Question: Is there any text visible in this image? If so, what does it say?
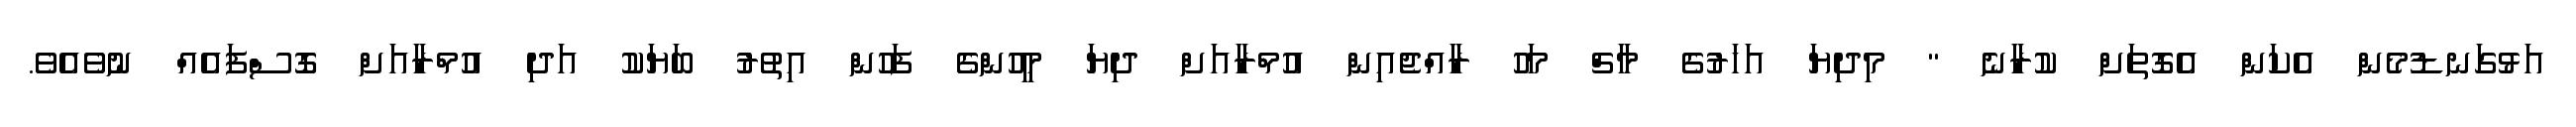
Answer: އަޅުގަނޑުމެން އެކަން އެގޮތަށް ކުރާނެ " މިދިޔަ އަހަރުގެ މާޗް މަހު ރާއްޖެއިން އުމްރާއަށް ދިޔަ މީހުންގެ ފަހުން އިތުރު ބަޔަކު އަދި އުމްރާއަށް ގޮސްފައެއް ނުވެއެވެ.